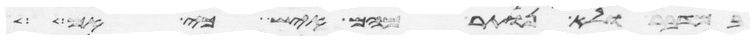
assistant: במדבר ולא נותר מהם איש כי אם